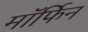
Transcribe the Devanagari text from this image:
माॅर्फिन